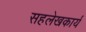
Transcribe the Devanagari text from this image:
सहलेखकार्य